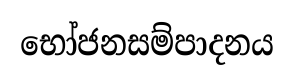
භෝජනසම්පාදනය